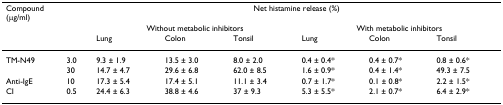
<table><thead><tr><td colspan="2"><b>Compound(μg/ml)</b></td><td colspan="6"><b>Net histamine release (%)</b></td></tr><tr><td></td><td></td><td colspan="3"><b>Without metabolic inhibitors</b></td><td colspan="3"><b>With metabolic inhibitors</b></td></tr><tr><td></td><td></td><td><b>Lung</b></td><td><b>Colon</b></td><td><b>Tonsil</b></td><td><b>Lung</b></td><td><b>Colon</b></td><td><b>Tonsil</b></td></tr></thead><tbody><tr><td>TM-N49</td><td>3.0</td><td>9.3 ± 1.9</td><td>13.5 ± 3.0</td><td>8.0 ± 2.0</td><td>0.4 ± 0.4*</td><td>0.4 ± 0.7*</td><td>0.8 ± 0.6*</td></tr><tr><td></td><td>30</td><td>14.7 ± 4.7</td><td>29.6 ± 6.8</td><td>62.0 ± 8.5</td><td>1.6 ± 0.9*</td><td>0.4 ± 1.4*</td><td>49.3 ± 7.5</td></tr><tr><td>Anti-IgE</td><td>10</td><td>17.3 ± 5.4</td><td>17.4 ± 5.1</td><td>11.1 ± 3.4</td><td>0.7 ± 1.7*</td><td>0.1 ± 0.8*</td><td>2.2 ± 1.5*</td></tr><tr><td>CI</td><td>0.5</td><td>24.4 ± 6.3</td><td>38.8 ± 4.6</td><td>37 ± 9.3</td><td>5.3 ± 5.5*</td><td>2.1 ± 0.7*</td><td>6.4 ± 2.9*</td></tr></tbody></table>